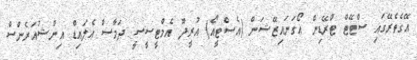
އޭގެތެރޭގައި ސްޓޭޓް ޓްރޭޑިން އޯގަނައިޒޭޝަން (އެސްޓީއޯ) އުރީދޫ އެމްޓީސީސީ ދަމާސް އެލައިޑް އިންޝުއަރެންސް